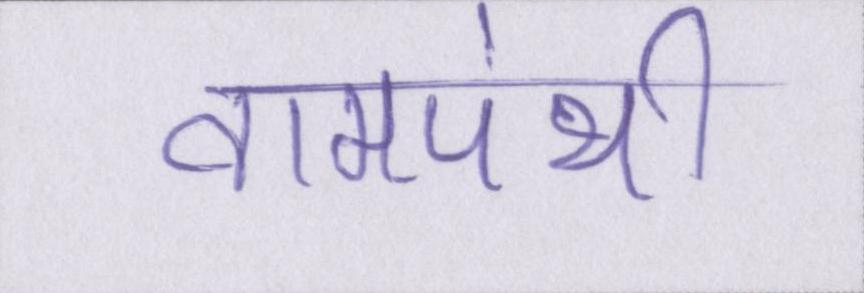
वामपंथी